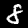
Label: 8